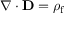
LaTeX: \nabla \cdot \mathbf { D } = \rho _ { \mathrm { f } }